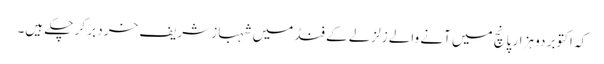
کہ اکتوبر دو ہزار پانچ میں آنے والے زلزلے کے فنڈ میں شہباز شریف خرد بر کر چکے ہیں۔